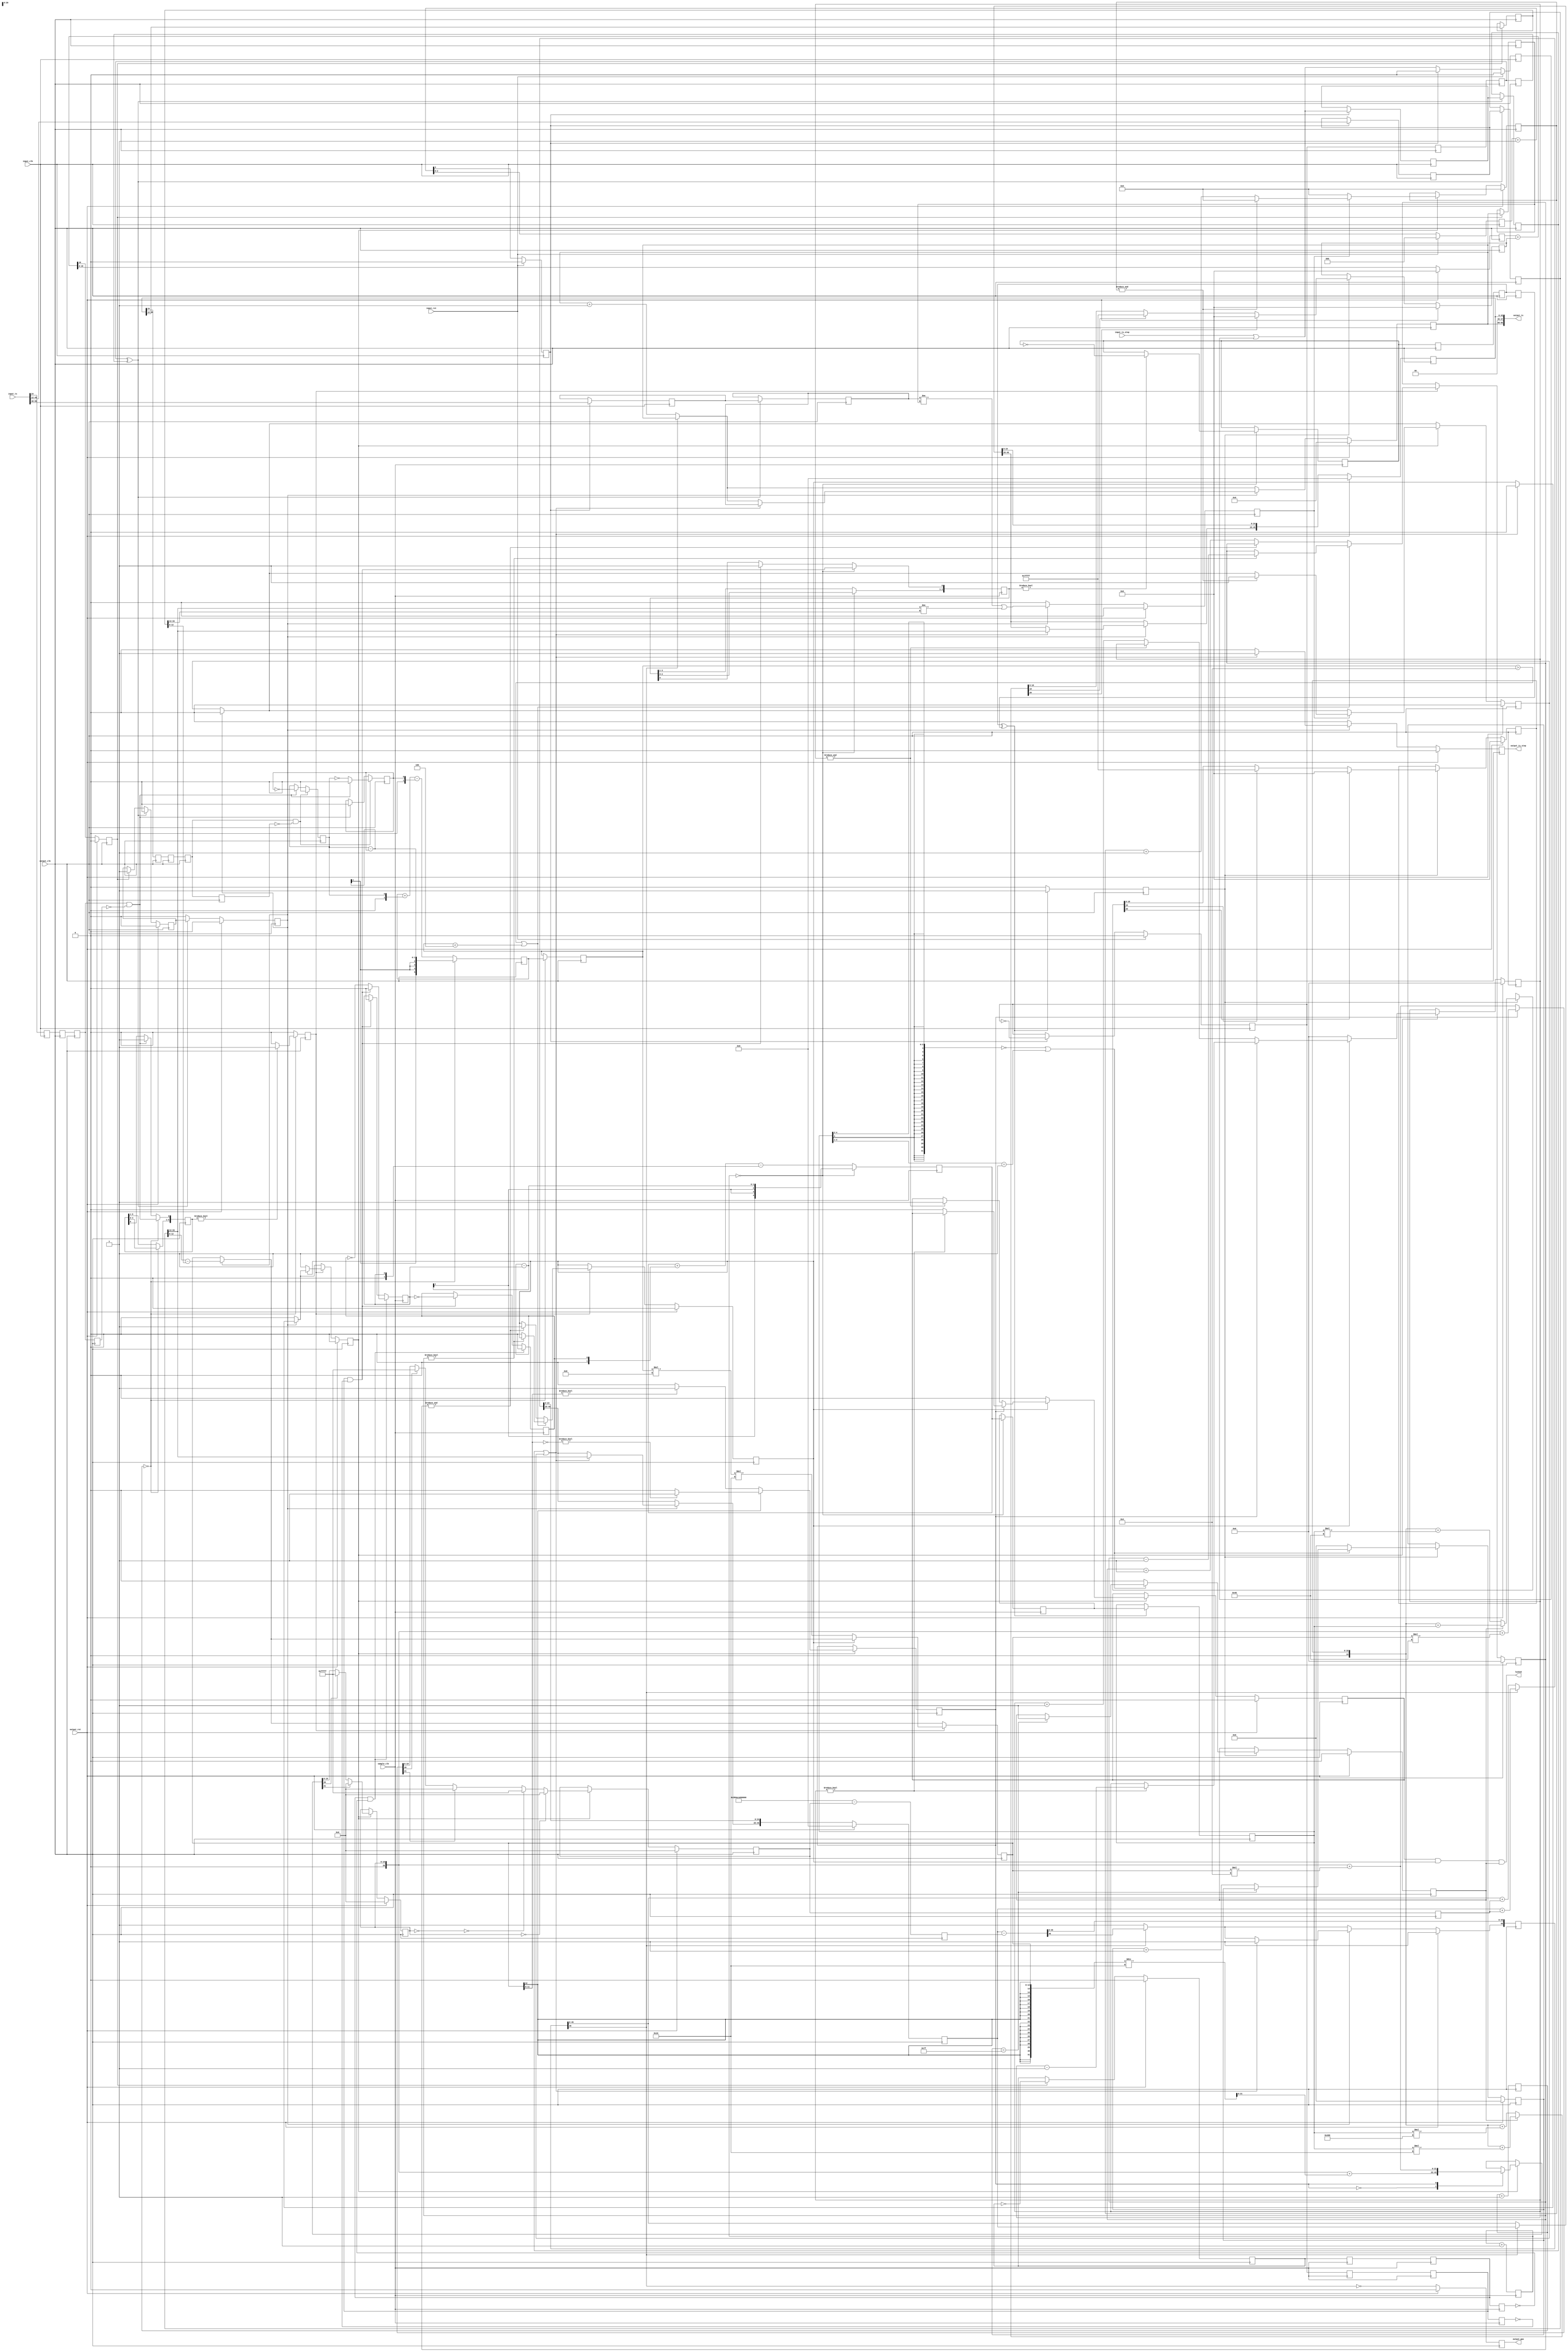
/*

Copyright (c) 2019-2023 Alex Forencich

Permission is hereby granted, free of charge, to any person obtaining a copy
of this software and associated documentation files (the "Software"), to deal
in the Software without restriction, including without limitation the rights
to use, copy, modify, merge, publish, distribute, sublicense, and/or sell
copies of the Software, and to permit persons to whom the Software is
furnished to do so, subject to the following conditions:

The above copyright notice and this permission notice shall be included in
all copies or substantial portions of the Software.

THE SOFTWARE IS PROVIDED "AS IS", WITHOUT WARRANTY OF ANY KIND, EXPRESS OR
IMPLIED, INCLUDING BUT NOT LIMITED TO THE WARRANTIES OF MERCHANTABILITY
FITNESS FOR A PARTICULAR PURPOSE AND NONINFRINGEMENT. IN NO EVENT SHALL THE
AUTHORS OR COPYRIGHT HOLDERS BE LIABLE FOR ANY CLAIM, DAMAGES OR OTHER
LIABILITY, WHETHER IN AN ACTION OF CONTRACT, TORT OR OTHERWISE, ARISING FROM,
OUT OF OR IN CONNECTION WITH THE SOFTWARE OR THE USE OR OTHER DEALINGS IN
THE SOFTWARE.

*/

// Language: Verilog 2001

`resetall
`timescale 1ns / 1fs
`default_nettype none

/*
 * PTP clock CDC (clock domain crossing) module
 */
module ptp_clock_cdc #
(
    parameter TS_WIDTH = 96,
    parameter NS_WIDTH = 4,
    parameter LOG_RATE = 3,
    parameter PIPELINE_OUTPUT = 0
)
(
    input  wire                 input_clk,
    input  wire                 input_rst,
    input  wire                 output_clk,
    input  wire                 output_rst,
    input  wire                 sample_clk,

    /*
     * Timestamp inputs from source PTP clock
     */
    input  wire [TS_WIDTH-1:0]  input_ts,
    input  wire                 input_ts_step,

    /*
     * Timestamp outputs
     */
    output wire [TS_WIDTH-1:0]  output_ts,
    output wire                 output_ts_step,

    /*
     * PPS output
     */
    output wire                 output_pps,

    /*
     * Status
     */
    output wire                 locked
);

// bus width assertions
initial begin
    if (TS_WIDTH != 64 && TS_WIDTH != 96) begin
        $error("Error: Timestamp width must be 64 or 96");
        $finish;
    end
end

localparam FNS_WIDTH = 16;

localparam TS_NS_WIDTH = TS_WIDTH == 96 ? 30 : 48;
localparam TS_FNS_WIDTH = FNS_WIDTH > 16 ? 16 : FNS_WIDTH;

localparam CMP_FNS_WIDTH = 4;

localparam PHASE_CNT_WIDTH = LOG_RATE;
localparam PHASE_ACC_WIDTH = PHASE_CNT_WIDTH+16;

localparam LOG_SAMPLE_SYNC_RATE = LOG_RATE;
localparam SAMPLE_ACC_WIDTH = LOG_SAMPLE_SYNC_RATE+2;

localparam LOG_PHASE_ERR_RATE = 4;
localparam PHASE_ERR_ACC_WIDTH = LOG_PHASE_ERR_RATE+2;

localparam DEST_SYNC_LOCK_WIDTH = 7;
localparam FREQ_LOCK_WIDTH = 8;
localparam PTP_LOCK_WIDTH = 8;

localparam TIME_ERR_INT_WIDTH = NS_WIDTH+FNS_WIDTH;

localparam [30:0] NS_PER_S = 31'd1_000_000_000;

reg [NS_WIDTH+FNS_WIDTH-1:0] period_ns_reg = 0, period_ns_next = 0;
reg [NS_WIDTH+FNS_WIDTH-1:0] period_ns_delay_reg = 0, period_ns_delay_next = 0;
reg [31+FNS_WIDTH-1:0] period_ns_ovf_reg = 0, period_ns_ovf_next = 0;

reg [47:0] src_ts_s_capt_reg = 0;
reg [TS_NS_WIDTH+CMP_FNS_WIDTH-1:0] src_ts_ns_capt_reg = 0;
reg src_ts_step_capt_reg = 0;

reg [47:0] dest_ts_s_capt_reg = 0;
reg [TS_NS_WIDTH+CMP_FNS_WIDTH-1:0] dest_ts_ns_capt_reg = 0;

reg [47:0] src_ts_s_sync_reg = 0;
reg [TS_NS_WIDTH+CMP_FNS_WIDTH-1:0] src_ts_ns_sync_reg = 0;
reg src_ts_step_sync_reg = 0;

reg [47:0] ts_s_reg = 0, ts_s_next = 0;
reg [TS_NS_WIDTH+FNS_WIDTH-1:0] ts_ns_reg = 0, ts_ns_next = 0;
reg [TS_NS_WIDTH+FNS_WIDTH-1:0] ts_ns_inc_reg = 0, ts_ns_inc_next = 0;
reg [TS_NS_WIDTH+FNS_WIDTH+1-1:0] ts_ns_ovf_reg = {TS_NS_WIDTH+FNS_WIDTH+1{1'b1}}, ts_ns_ovf_next = 0;

reg ts_step_reg = 1'b0, ts_step_next;

reg pps_reg = 1'b0;

reg [47:0] ts_s_pipe_reg[0:PIPELINE_OUTPUT-1];
reg [TS_NS_WIDTH+CMP_FNS_WIDTH-1:0] ts_ns_pipe_reg[0:PIPELINE_OUTPUT-1];
reg ts_step_pipe_reg[0:PIPELINE_OUTPUT-1];
reg pps_pipe_reg[0:PIPELINE_OUTPUT-1];

reg [PHASE_CNT_WIDTH-1:0] src_phase_reg = {PHASE_CNT_WIDTH{1'b0}};
reg [PHASE_ACC_WIDTH-1:0] dest_phase_reg = {PHASE_ACC_WIDTH{1'b0}}, dest_phase_next;
reg [PHASE_ACC_WIDTH-1:0] dest_phase_inc_reg = {PHASE_ACC_WIDTH{1'b0}}, dest_phase_inc_next;

reg src_sync_reg = 1'b0;
reg src_update_reg = 1'b0;
reg src_phase_sync_reg = 1'b0;
reg dest_sync_reg = 1'b0;
reg dest_update_reg = 1'b0, dest_update_next = 1'b0;
reg dest_phase_sync_reg = 1'b0;

reg src_sync_sync1_reg = 1'b0;
reg src_sync_sync2_reg = 1'b0;
reg src_sync_sync3_reg = 1'b0;
reg src_phase_sync_sync1_reg = 1'b0;
reg src_phase_sync_sync2_reg = 1'b0;
reg src_phase_sync_sync3_reg = 1'b0;
reg dest_phase_sync_sync1_reg = 1'b0;
reg dest_phase_sync_sync2_reg = 1'b0;
reg dest_phase_sync_sync3_reg = 1'b0;

reg src_sync_sample_sync1_reg = 1'b0;
reg src_sync_sample_sync2_reg = 1'b0;
reg src_sync_sample_sync3_reg = 1'b0;
reg dest_sync_sample_sync1_reg = 1'b0;
reg dest_sync_sample_sync2_reg = 1'b0;
reg dest_sync_sample_sync3_reg = 1'b0;

reg [SAMPLE_ACC_WIDTH-1:0] sample_acc_reg = 0;
reg [SAMPLE_ACC_WIDTH-1:0] sample_acc_out_reg = 0;
reg [LOG_SAMPLE_SYNC_RATE-1:0] sample_cnt_reg = 0;
reg sample_update_reg = 1'b0;
reg sample_update_sync1_reg = 1'b0;
reg sample_update_sync2_reg = 1'b0;
reg sample_update_sync3_reg = 1'b0;

generate

if (PIPELINE_OUTPUT > 0) begin

    // pipeline
    (* shreg_extract = "no" *)
    reg [TS_WIDTH-1:0]  output_ts_reg[0:PIPELINE_OUTPUT-1];
    (* shreg_extract = "no" *)
    reg                 output_ts_step_reg[0:PIPELINE_OUTPUT-1];
    (* shreg_extract = "no" *)
    reg                 output_pps_reg[0:PIPELINE_OUTPUT-1];

    assign output_ts = output_ts_reg[PIPELINE_OUTPUT-1];
    assign output_ts_step = output_ts_step_reg[PIPELINE_OUTPUT-1];
    assign output_pps = output_pps_reg[PIPELINE_OUTPUT-1];

    integer i;

    initial begin
        for (i = 0; i < PIPELINE_OUTPUT; i = i + 1) begin
            output_ts_reg[i] = 0;
            output_ts_step_reg[i] = 1'b0;
            output_pps_reg[i] = 1'b0;
        end
    end

    always @(posedge output_clk) begin
        if (TS_WIDTH == 96) begin
            output_ts_reg[0][95:48] <= ts_s_reg;
            output_ts_reg[0][47:46] <= 2'b00;
            output_ts_reg[0][45:0]  <= {ts_ns_reg, 16'd0} >> FNS_WIDTH;
        end else if (TS_WIDTH == 64) begin
            output_ts_reg[0]  <= {ts_ns_reg, 16'd0} >> FNS_WIDTH;
        end

        output_ts_step_reg[0] <= ts_step_reg;
        output_pps_reg[0] <= pps_reg;

        for (i = 0; i < PIPELINE_OUTPUT-1; i = i + 1) begin
            output_ts_reg[i+1] <= output_ts_reg[i];
            output_ts_step_reg[i+1] <= output_ts_step_reg[i];
            output_pps_reg[i+1] <= output_pps_reg[i];
        end

        if (output_rst) begin
            for (i = 0; i < PIPELINE_OUTPUT; i = i + 1) begin
                output_ts_reg[i] <= 0;
                output_ts_step_reg[i] <= 1'b0;
                output_pps_reg[i] <= 1'b0;
            end
        end
    end

end else begin

    if (TS_WIDTH == 96) begin
        assign output_ts[95:48] = ts_s_reg;
        assign output_ts[47:46] = 2'b00;
        assign output_ts[45:0]  = {ts_ns_reg, 16'd0} >> FNS_WIDTH;
    end else if (TS_WIDTH == 64) begin
        assign output_ts = {ts_ns_reg, 16'd0} >> FNS_WIDTH;
    end

    assign output_ts_step = ts_step_reg;

    assign output_pps = pps_reg;

end

endgenerate

integer i;

initial begin
    for (i = 0; i < PIPELINE_OUTPUT; i = i + 1) begin
        ts_s_pipe_reg[i] = 0;
        ts_ns_pipe_reg[i] = 0;
        ts_step_pipe_reg[i] = 1'b0;
        pps_pipe_reg[i] = 1'b0;
    end
end

// source PTP clock capture and sync logic
reg input_ts_step_reg = 1'b0;

always @(posedge input_clk) begin
    input_ts_step_reg <= input_ts_step || input_ts_step_reg;

    src_phase_sync_reg <= input_ts[16+8];

    {src_update_reg, src_phase_reg} <= src_phase_reg+1;

    if (src_update_reg) begin
        // capture source TS
        if (TS_WIDTH == 96) begin
            src_ts_s_capt_reg <= input_ts[95:48];
            src_ts_ns_capt_reg <= input_ts[45:0] >> (16-CMP_FNS_WIDTH);
        end else begin
            src_ts_ns_capt_reg <= input_ts >> (16-CMP_FNS_WIDTH);
        end
        src_ts_step_capt_reg <= input_ts_step || input_ts_step_reg;
        input_ts_step_reg <= 1'b0;
        src_sync_reg <= !src_sync_reg;
    end

    if (input_rst) begin
        input_ts_step_reg <= 1'b0;

        src_phase_reg <= {PHASE_CNT_WIDTH{1'b0}};
        src_sync_reg <= 1'b0;
        src_update_reg <= 1'b0;
    end
end

// CDC logic
always @(posedge output_clk) begin
    src_sync_sync1_reg <= src_sync_reg;
    src_sync_sync2_reg <= src_sync_sync1_reg;
    src_sync_sync3_reg <= src_sync_sync2_reg;
    src_phase_sync_sync1_reg <= src_phase_sync_reg;
    src_phase_sync_sync2_reg <= src_phase_sync_sync1_reg;
    src_phase_sync_sync3_reg <= src_phase_sync_sync2_reg;
    dest_phase_sync_sync1_reg <= dest_phase_sync_reg;
    dest_phase_sync_sync2_reg <= dest_phase_sync_sync1_reg;
    dest_phase_sync_sync3_reg <= dest_phase_sync_sync2_reg;
end

always @(posedge sample_clk) begin
    src_sync_sample_sync1_reg <= src_sync_reg;
    src_sync_sample_sync2_reg <= src_sync_sample_sync1_reg;
    src_sync_sample_sync3_reg <= src_sync_sample_sync2_reg;
    dest_sync_sample_sync1_reg <= dest_sync_reg;
    dest_sync_sample_sync2_reg <= dest_sync_sample_sync1_reg;
    dest_sync_sample_sync3_reg <= dest_sync_sample_sync2_reg;
end

reg edge_1_reg = 1'b0;
reg edge_2_reg = 1'b0;

reg [3:0] active_reg = 0;

always @(posedge sample_clk) begin
    // phase and frequency detector
    if (dest_sync_sample_sync2_reg && !dest_sync_sample_sync3_reg) begin
        if (src_sync_sample_sync2_reg && !src_sync_sample_sync3_reg) begin
            edge_1_reg <= 1'b0;
            edge_2_reg <= 1'b0;
        end else begin
            edge_1_reg <= !edge_2_reg;
            edge_2_reg <= 1'b0;
        end
    end else if (src_sync_sample_sync2_reg && !src_sync_sample_sync3_reg) begin
        edge_1_reg <= 1'b0;
        edge_2_reg <= !edge_1_reg;
    end

    // accumulator
    sample_acc_reg <= $signed(sample_acc_reg) + $signed({1'b0, edge_2_reg}) - $signed({1'b0, edge_1_reg});

    sample_cnt_reg <= sample_cnt_reg + 1;

    if (src_sync_sample_sync2_reg && !src_sync_sample_sync3_reg) begin
        active_reg[0] <= 1'b1;
    end

    if (sample_cnt_reg == 0) begin
        active_reg <= {active_reg, src_sync_sample_sync2_reg && !src_sync_sample_sync3_reg};
        sample_acc_reg <= $signed({1'b0, edge_2_reg}) - $signed({1'b0, edge_1_reg});
        sample_acc_out_reg <= sample_acc_reg;
        if (active_reg != 0) begin
            sample_update_reg <= !sample_update_reg;
        end
    end
end

always @(posedge output_clk) begin
    sample_update_sync1_reg <= sample_update_reg;
    sample_update_sync2_reg <= sample_update_sync1_reg;
    sample_update_sync3_reg <= sample_update_sync2_reg;
end

reg [SAMPLE_ACC_WIDTH-1:0] sample_acc_sync_reg = 0;
reg sample_acc_sync_valid_reg = 0;

reg [PHASE_ACC_WIDTH-1:0] dest_err_int_reg = 0, dest_err_int_next = 0;
reg [1:0] dest_ovf;

reg [DEST_SYNC_LOCK_WIDTH-1:0] dest_sync_lock_count_reg = 0, dest_sync_lock_count_next;
reg dest_sync_locked_reg = 1'b0, dest_sync_locked_next;

always @* begin
    {dest_update_next, dest_phase_next} = dest_phase_reg + dest_phase_inc_reg;
    dest_phase_inc_next = dest_phase_inc_reg;

    dest_err_int_next = dest_err_int_reg;

    dest_sync_lock_count_next = dest_sync_lock_count_reg;
    dest_sync_locked_next = dest_sync_locked_reg;

    if (sample_acc_sync_valid_reg) begin
        // updated sampled dest_phase error

        // time integral of error
        if (dest_sync_locked_reg) begin
            {dest_ovf, dest_err_int_next} = $signed({1'b0, dest_err_int_reg}) + $signed(sample_acc_sync_reg);
        end else begin
            {dest_ovf, dest_err_int_next} = $signed({1'b0, dest_err_int_reg}) + ($signed(sample_acc_sync_reg) * 2**6);
        end

        // saturate
        if (dest_ovf[1]) begin
            // sign bit set indicating underflow across zero; saturate to zero
            dest_err_int_next = {PHASE_ACC_WIDTH{1'b0}};
        end else if (dest_ovf[0]) begin
            // sign bit clear but carry bit set indicating overflow; saturate to all 1
            dest_err_int_next = {PHASE_ACC_WIDTH{1'b1}};
        end

        // compute output
        if (dest_sync_locked_reg) begin
            {dest_ovf, dest_phase_inc_next} = $signed({1'b0, dest_err_int_reg}) + ($signed(sample_acc_sync_reg) * 2**4);
        end else begin
            {dest_ovf, dest_phase_inc_next} = $signed({1'b0, dest_err_int_reg}) + ($signed(sample_acc_sync_reg) * 2**10);
        end

        // saturate
        if (dest_ovf[1]) begin
            // sign bit set indicating underflow across zero; saturate to zero
            dest_phase_inc_next = {PHASE_ACC_WIDTH{1'b0}};
        end else if (dest_ovf[0]) begin
            // sign bit clear but carry bit set indicating overflow; saturate to all 1
            dest_phase_inc_next = {PHASE_ACC_WIDTH{1'b1}};
        end

        // locked status
        if ($signed(sample_acc_sync_reg[SAMPLE_ACC_WIDTH-1:2]) == 0 || $signed(sample_acc_sync_reg[SAMPLE_ACC_WIDTH-1:1]) == -1) begin
            if (dest_sync_lock_count_reg == {DEST_SYNC_LOCK_WIDTH{1'b1}}) begin
                dest_sync_locked_next = 1'b1;
            end else begin
                dest_sync_lock_count_next = dest_sync_lock_count_reg + 1;
            end
        end else begin
            dest_sync_lock_count_next = 0;
            dest_sync_locked_next = 1'b0;
        end
    end
end

reg [PHASE_ERR_ACC_WIDTH-1:0] phase_err_acc_reg = 0;
reg [PHASE_ERR_ACC_WIDTH-1:0] phase_err_out_reg = 0;
reg [LOG_PHASE_ERR_RATE-1:0] phase_err_cnt_reg = 0;
reg phase_err_out_valid_reg = 0;

reg phase_edge_1_reg = 1'b0;
reg phase_edge_2_reg = 1'b0;

reg [5:0] phase_active_reg = 0;

reg ts_sync_valid_reg = 1'b0;
reg ts_capt_valid_reg = 1'b0;

always @(posedge output_clk) begin
    dest_phase_reg <= dest_phase_next;
    dest_phase_inc_reg <= dest_phase_inc_next;
    dest_update_reg <= dest_update_next;

    sample_acc_sync_valid_reg <= 1'b0;
    if (sample_update_sync2_reg ^ sample_update_sync3_reg) begin
        // latch in synchronized counts from phase detector
        sample_acc_sync_reg <= sample_acc_out_reg;
        sample_acc_sync_valid_reg <= 1'b1;
    end

    if (PIPELINE_OUTPUT > 0) begin
        dest_phase_sync_reg <= ts_ns_pipe_reg[PIPELINE_OUTPUT-1][8+FNS_WIDTH];
    end else begin
        dest_phase_sync_reg <= ts_ns_reg[8+FNS_WIDTH];
    end

    // phase and frequency detector
    if (dest_phase_sync_sync2_reg && !dest_phase_sync_sync3_reg) begin
        if (src_phase_sync_sync2_reg && !src_phase_sync_sync3_reg) begin
            phase_edge_1_reg <= 1'b0;
            phase_edge_2_reg <= 1'b0;
        end else begin
            phase_edge_1_reg <= !phase_edge_2_reg;
            phase_edge_2_reg <= 1'b0;
        end
    end else if (src_phase_sync_sync2_reg && !src_phase_sync_sync3_reg) begin
        phase_edge_1_reg <= 1'b0;
        phase_edge_2_reg <= !phase_edge_1_reg;
    end

    // accumulator
    phase_err_acc_reg <= $signed(phase_err_acc_reg) + $signed({1'b0, phase_edge_2_reg}) - $signed({1'b0, phase_edge_1_reg});

    phase_err_cnt_reg <= phase_err_cnt_reg + 1;

    if (src_phase_sync_sync2_reg && !src_phase_sync_sync3_reg) begin
        phase_active_reg[0] <= 1'b1;
    end

    phase_err_out_valid_reg <= 1'b0;
    if (phase_err_cnt_reg == 0) begin
        phase_active_reg <= {phase_active_reg, src_phase_sync_sync2_reg && !src_phase_sync_sync3_reg};
        phase_err_acc_reg <= $signed({1'b0, phase_edge_2_reg}) - $signed({1'b0, phase_edge_1_reg});
        phase_err_out_reg <= phase_err_acc_reg;
        if (phase_active_reg != 0) begin
            phase_err_out_valid_reg <= 1'b1;
        end
    end

    if (dest_update_reg) begin
        // capture local TS
        if (PIPELINE_OUTPUT > 0) begin
            dest_ts_s_capt_reg <= ts_s_pipe_reg[PIPELINE_OUTPUT-1];
            dest_ts_ns_capt_reg <= ts_ns_pipe_reg[PIPELINE_OUTPUT-1];
        end else begin
            dest_ts_s_capt_reg <= ts_s_reg;
            dest_ts_ns_capt_reg <= ts_ns_reg >> FNS_WIDTH-CMP_FNS_WIDTH;
        end

        dest_sync_reg <= !dest_sync_reg;
        ts_capt_valid_reg <= 1'b1;
    end

    ts_sync_valid_reg <= 1'b0;

    if (src_sync_sync2_reg ^ src_sync_sync3_reg) begin
        // store captured source TS
        if (TS_WIDTH == 96) begin
            src_ts_s_sync_reg <= src_ts_s_capt_reg;
        end
        src_ts_ns_sync_reg <= src_ts_ns_capt_reg;
        src_ts_step_sync_reg <= src_ts_step_capt_reg;

        ts_sync_valid_reg <= ts_capt_valid_reg;
        ts_capt_valid_reg <= 1'b0;
    end

    dest_err_int_reg <= dest_err_int_next;

    dest_sync_lock_count_reg <= dest_sync_lock_count_next;
    dest_sync_locked_reg <= dest_sync_locked_next;

    if (output_rst) begin
        dest_phase_reg <= {PHASE_ACC_WIDTH{1'b0}};
        dest_phase_inc_reg <= {PHASE_ACC_WIDTH{1'b0}};
        dest_sync_reg <= 1'b0;
        dest_update_reg <= 1'b0;

        dest_err_int_reg <= 0;

        dest_sync_lock_count_reg <= 0;
        dest_sync_locked_reg <= 1'b0;

        ts_sync_valid_reg <= 1'b0;
        ts_capt_valid_reg <= 1'b0;
    end
end

reg ts_diff_reg = 1'b0, ts_diff_next;
reg ts_diff_valid_reg = 1'b0, ts_diff_valid_next;
reg [3:0] mismatch_cnt_reg = 0, mismatch_cnt_next;
reg load_ts_reg = 1'b0, load_ts_next;

reg [9+CMP_FNS_WIDTH-1:0] ts_ns_diff_reg = 0, ts_ns_diff_next;

reg [TIME_ERR_INT_WIDTH-1:0] time_err_int_reg = 0, time_err_int_next;

reg [1:0] ptp_ovf;

reg [FREQ_LOCK_WIDTH-1:0] freq_lock_count_reg = 0, freq_lock_count_next;
reg freq_locked_reg = 1'b0, freq_locked_next;
reg [PTP_LOCK_WIDTH-1:0] ptp_lock_count_reg = 0, ptp_lock_count_next;
reg ptp_locked_reg = 1'b0, ptp_locked_next;

reg gain_sel_reg = 0, gain_sel_next;

assign locked = ptp_locked_reg && freq_locked_reg && dest_sync_locked_reg;

always @* begin
    period_ns_next = period_ns_reg;

    ts_s_next = ts_s_reg;
    ts_ns_next = ts_ns_reg;
    ts_ns_inc_next = ts_ns_inc_reg;
    ts_ns_ovf_next = ts_ns_ovf_reg;

    ts_step_next = 0;

    ts_diff_next = 1'b0;
    ts_diff_valid_next = 1'b0;
    mismatch_cnt_next = mismatch_cnt_reg;
    load_ts_next = load_ts_reg;

    ts_ns_diff_next = ts_ns_diff_reg;

    time_err_int_next = time_err_int_reg;

    freq_lock_count_next = freq_lock_count_reg;
    freq_locked_next = freq_locked_reg;
    ptp_lock_count_next = ptp_lock_count_reg;
    ptp_locked_next = ptp_locked_reg;

    gain_sel_next = gain_sel_reg;

    // PTP clock
    period_ns_delay_next = period_ns_reg;
    period_ns_ovf_next = {NS_PER_S, {FNS_WIDTH{1'b0}}} - period_ns_reg;

    if (TS_WIDTH == 96) begin
        // 96 bit timestamp
        ts_ns_inc_next = ts_ns_inc_reg + period_ns_delay_reg;
        ts_ns_ovf_next = ts_ns_inc_reg - period_ns_ovf_reg;
        ts_ns_next = ts_ns_inc_reg;

        if (!ts_ns_ovf_reg[30+FNS_WIDTH]) begin
            // if the overflow lookahead did not borrow, one second has elapsed
            // increment seconds field, pre-compute normal increment, force overflow lookahead borrow bit set
            ts_ns_inc_next = ts_ns_ovf_reg + period_ns_delay_reg;
            ts_ns_ovf_next[30+FNS_WIDTH] = 1'b1;
            ts_ns_next = ts_ns_ovf_reg;
            ts_s_next = ts_s_reg + 1;
        end
    end else if (TS_WIDTH == 64) begin
        // 64 bit timestamp
        ts_ns_next = ts_ns_reg + period_ns_reg;
    end

    if (ts_sync_valid_reg) begin
        // Read new value
        if (TS_WIDTH == 96) begin
            if (src_ts_step_sync_reg || load_ts_reg) begin
                // input stepped
                load_ts_next = 1'b0;

                ts_s_next = src_ts_s_sync_reg;
                ts_ns_next[TS_NS_WIDTH+FNS_WIDTH-1:9+FNS_WIDTH] = src_ts_ns_sync_reg[TS_NS_WIDTH+CMP_FNS_WIDTH-1:9+CMP_FNS_WIDTH];
                ts_ns_inc_next[TS_NS_WIDTH+FNS_WIDTH-1:9+FNS_WIDTH] = src_ts_ns_sync_reg[TS_NS_WIDTH+CMP_FNS_WIDTH-1:9+CMP_FNS_WIDTH];
                ts_ns_ovf_next[30+FNS_WIDTH] = 1'b1;
                ts_step_next = 1;
            end else begin
                // input did not step
                load_ts_next = 1'b0;
                ts_diff_valid_next = freq_locked_reg;
            end
            // compute difference
            ts_ns_diff_next = src_ts_ns_sync_reg - dest_ts_ns_capt_reg;
            ts_diff_next = src_ts_s_sync_reg != dest_ts_s_capt_reg || src_ts_ns_sync_reg[TS_NS_WIDTH+CMP_FNS_WIDTH-1:9+CMP_FNS_WIDTH] != dest_ts_ns_capt_reg[TS_NS_WIDTH+CMP_FNS_WIDTH-1:9+CMP_FNS_WIDTH];
        end else if (TS_WIDTH == 64) begin
            if (src_ts_step_sync_reg || load_ts_reg) begin
                // input stepped
                load_ts_next = 1'b0;

                ts_ns_next[TS_NS_WIDTH+FNS_WIDTH-1:9+FNS_WIDTH] = src_ts_ns_sync_reg[TS_NS_WIDTH+CMP_FNS_WIDTH-1:9+CMP_FNS_WIDTH];
                ts_step_next = 1;
            end else begin
                // input did not step
                load_ts_next = 1'b0;
                ts_diff_valid_next = freq_locked_reg;
            end
            // compute difference
            ts_ns_diff_next = src_ts_ns_sync_reg - dest_ts_ns_capt_reg;
            ts_diff_next = src_ts_ns_sync_reg[TS_NS_WIDTH+CMP_FNS_WIDTH-1:9+CMP_FNS_WIDTH] != dest_ts_ns_capt_reg[TS_NS_WIDTH+CMP_FNS_WIDTH-1:9+CMP_FNS_WIDTH];
        end
    end

    if (ts_diff_valid_reg) begin
        if (ts_diff_reg) begin
            if (&mismatch_cnt_reg) begin
                load_ts_next = 1'b1;
                mismatch_cnt_next = 0;
            end else begin
                mismatch_cnt_next = mismatch_cnt_reg + 1;
            end
        end else begin
            mismatch_cnt_next = 0;
        end
    end

    if (phase_err_out_valid_reg) begin
        // coarse phase/frequency lock of PTP clock
        if ($signed(phase_err_out_reg) > 4 || $signed(phase_err_out_reg) < -4) begin
            if (freq_lock_count_reg) begin
                freq_lock_count_next = freq_lock_count_reg - 1;
            end else begin
                freq_locked_next = 1'b0;
            end
        end else begin
            if (&freq_lock_count_reg) begin
                freq_locked_next = 1'b1;
            end else begin
                freq_lock_count_next = freq_lock_count_reg + 1;
            end
        end

        if (!freq_locked_reg) begin
            ts_ns_diff_next = $signed(phase_err_out_reg) * 8 * 2**CMP_FNS_WIDTH;
            ts_diff_valid_next = 1'b1;
        end
    end

    if (ts_diff_valid_reg) begin
        // PI control

        // gain scheduling
        if (!ts_ns_diff_reg[8+CMP_FNS_WIDTH]) begin
            if (ts_ns_diff_reg[4+CMP_FNS_WIDTH +: 4]) begin
                gain_sel_next = 1'b1;
            end else begin
                gain_sel_next = 1'b0;
            end
        end else begin
            if (~ts_ns_diff_reg[4+CMP_FNS_WIDTH +: 4]) begin
                gain_sel_next = 1'b1;
            end else begin
                gain_sel_next = 1'b0;
            end
        end

        // time integral of error
        case (gain_sel_reg)
            1'b0: {ptp_ovf, time_err_int_next} = $signed({1'b0, time_err_int_reg}) + ($signed(ts_ns_diff_reg) / 2**4);
            1'b1: {ptp_ovf, time_err_int_next} = $signed({1'b0, time_err_int_reg}) + ($signed(ts_ns_diff_reg) * 2**2);
        endcase

        // saturate
        if (ptp_ovf[1]) begin
            // sign bit set indicating underflow across zero; saturate to zero
            time_err_int_next = {TIME_ERR_INT_WIDTH{1'b0}};
        end else if (ptp_ovf[0]) begin
            // sign bit clear but carry bit set indicating overflow; saturate to all 1
            time_err_int_next = {TIME_ERR_INT_WIDTH{1'b1}};
        end

        // compute output
        case (gain_sel_reg)
            1'b0: {ptp_ovf, period_ns_next} = $signed({1'b0, time_err_int_reg}) + ($signed(ts_ns_diff_reg) * 2**2);
            1'b1: {ptp_ovf, period_ns_next} = $signed({1'b0, time_err_int_reg}) + ($signed(ts_ns_diff_reg) * 2**6);
        endcase

        // saturate
        if (ptp_ovf[1]) begin
            // sign bit set indicating underflow across zero; saturate to zero
            period_ns_next = {NS_WIDTH+FNS_WIDTH{1'b0}};
        end else if (ptp_ovf[0]) begin
            // sign bit clear but carry bit set indicating overflow; saturate to all 1
            period_ns_next = {NS_WIDTH+FNS_WIDTH{1'b1}};
        end

        // adjust period if integrator is saturated
        if (time_err_int_reg == 0) begin
            period_ns_next = {NS_WIDTH+FNS_WIDTH{1'b0}};
        end else if (~time_err_int_reg == 0) begin
            period_ns_next = {NS_WIDTH+FNS_WIDTH{1'b1}};
        end

        // locked status
        if (!freq_locked_reg) begin
            ptp_lock_count_next = 0;
            ptp_locked_next = 1'b0;
        end else if (gain_sel_reg == 1'b0) begin
            if (&ptp_lock_count_reg) begin
                ptp_locked_next = 1'b1;
            end else begin
                ptp_lock_count_next = ptp_lock_count_reg + 1;
            end
        end else begin
            if (ptp_lock_count_reg) begin
                ptp_lock_count_next = ptp_lock_count_reg - 1;
            end else begin
                ptp_locked_next = 1'b0;
            end
        end
    end
end

always @(posedge output_clk) begin
    period_ns_reg <= period_ns_next;
    period_ns_delay_reg <= period_ns_delay_next;
    period_ns_ovf_reg <= period_ns_ovf_next;

    ts_s_reg <= ts_s_next;
    ts_ns_reg <= ts_ns_next;
    ts_ns_inc_reg <= ts_ns_inc_next;
    ts_ns_ovf_reg <= ts_ns_ovf_next;

    ts_step_reg <= ts_step_next;

    ts_diff_reg <= ts_diff_next;
    ts_diff_valid_reg <= ts_diff_valid_next;
    mismatch_cnt_reg <= mismatch_cnt_next;
    load_ts_reg <= load_ts_next;

    ts_ns_diff_reg <= ts_ns_diff_next;

    time_err_int_reg <= time_err_int_next;

    freq_lock_count_reg <= freq_lock_count_next;
    freq_locked_reg <= freq_locked_next;
    ptp_lock_count_reg <= ptp_lock_count_next;
    ptp_locked_reg <= ptp_locked_next;

    gain_sel_reg <= gain_sel_next;

    // PPS output
    if (TS_WIDTH == 96) begin
        pps_reg <= !ts_ns_ovf_reg[30+FNS_WIDTH];
    end else if (TS_WIDTH == 64) begin
        pps_reg <= 1'b0; // not currently implemented for 64 bit timestamp format
    end

    // pipeline
    if (PIPELINE_OUTPUT > 0) begin
        ts_s_pipe_reg[0] <= ts_s_reg;
        ts_ns_pipe_reg[0] <= ts_ns_reg >> FNS_WIDTH-TS_FNS_WIDTH;
        ts_step_pipe_reg[0] <= ts_step_reg;
        pps_pipe_reg[0] <= pps_reg;

        for (i = 0; i < PIPELINE_OUTPUT-1; i = i + 1) begin
            ts_s_pipe_reg[i+1] <= ts_s_pipe_reg[i];
            ts_ns_pipe_reg[i+1] <= ts_ns_pipe_reg[i];
            ts_step_pipe_reg[i+1] <= ts_step_pipe_reg[i];
            pps_pipe_reg[i+1] <= pps_pipe_reg[i];
        end
    end

    if (output_rst) begin
        period_ns_reg <= 0;
        ts_s_reg <= 0;
        ts_ns_reg <= 0;
        ts_ns_inc_reg <= 0;
        ts_ns_ovf_reg[30+FNS_WIDTH] <= 1'b1;
        ts_step_reg <= 0;
        pps_reg <= 0;

        ts_diff_reg <= 1'b0;
        ts_diff_valid_reg <= 1'b0;
        mismatch_cnt_reg <= 0;
        load_ts_reg <= 0;

        time_err_int_reg <= 0;

        freq_lock_count_reg <= 0;
        freq_locked_reg <= 1'b0;
        ptp_lock_count_reg <= 0;
        ptp_locked_reg <= 1'b0;

        for (i = 0; i < PIPELINE_OUTPUT; i = i + 1) begin
            ts_s_pipe_reg[i] <= 0;
            ts_ns_pipe_reg[i] <= 0;
            ts_step_pipe_reg[i] <= 1'b0;
            pps_pipe_reg[i] <= 1'b0;
        end
    end
end

endmodule

`resetall